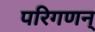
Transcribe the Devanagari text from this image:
परिगणन्